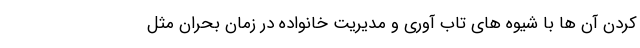
کردن آن ها با شیوه های تاب آوری و مدیریت خانواده در زمان بحران مثل